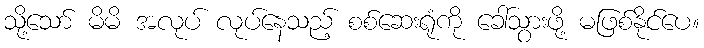
သို့သော် မိမိ အလုပ် လုပ်နေသည့် စစ်ဆေးရုံကို ခေါ်သွားဖို့ မဖြစ်နိုင်ပေ။